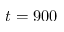
t = 9 0 0